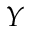
Y